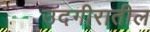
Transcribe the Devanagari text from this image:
उदगीरातील